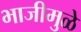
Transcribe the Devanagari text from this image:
भाजीमुळे